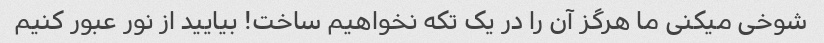
شوخی میکنی ما هرگز آن را در یک تکه نخواهیم ساخت! بیایید از نور عبور کنیم